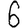
Digit: 6